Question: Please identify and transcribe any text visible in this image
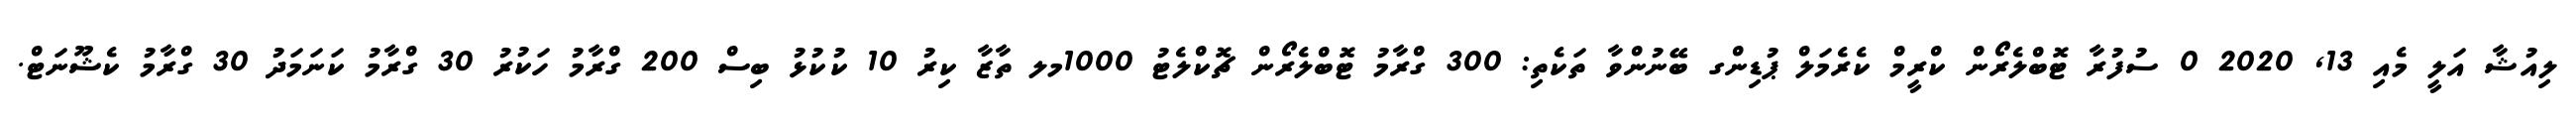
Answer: ލިއުޝާ އަލީ މެއި 13, 2020 0 ސުފުރާ ޓޮބްލެރޯން ކްރީމް ކެރެމަލް ޕުޑިންގ ބޭނުންވާ ތަކެތި: 300 ގްރާމު ޓޮބްލެރޯން ޗޮކްލެޓު 1000މލ ތާޒާ ކިރު 10 ކުކުޅު ބިސް 200 ގްރާމު ހަކުރު 30 ގްރާމު ކަނަމަދު 30 ގްރާމު ކެޝޫނަޓް.